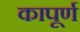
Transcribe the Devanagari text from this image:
कापूर्ण